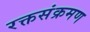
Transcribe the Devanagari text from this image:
रक्तसंक्रमण